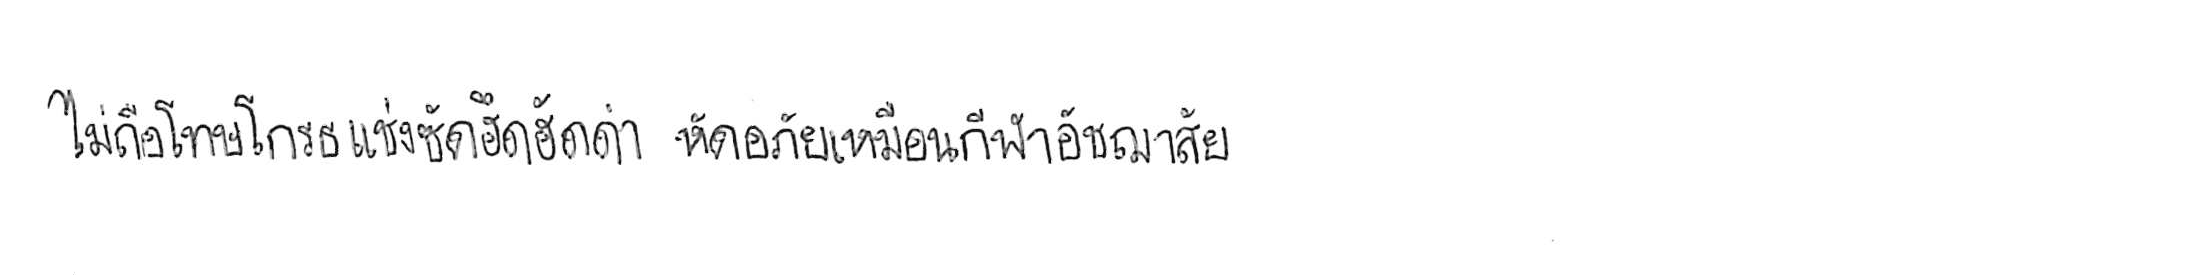
ไม่ถือโทษโกรธแช่งซัดฮึดฮัดด่า หัดอภัยเหมือนกีฬาอัชฌาสัย